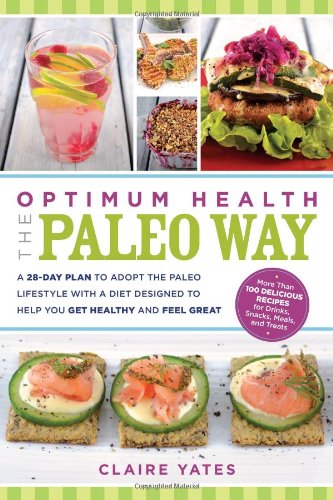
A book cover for Optimum Health the Paleo Way: A 28-Day Plan to Adopt the Paleo Lifestyle With A Diet Designed to Help You Get Healthy and Feel Great; Claire Yates; Health, Fitness & Dieting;